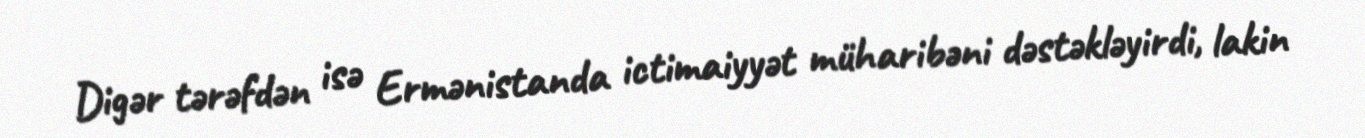
Digər tərəfdən isə Ermənistanda ictimaiyyət müharibəni dəstəkləyirdi, lakin